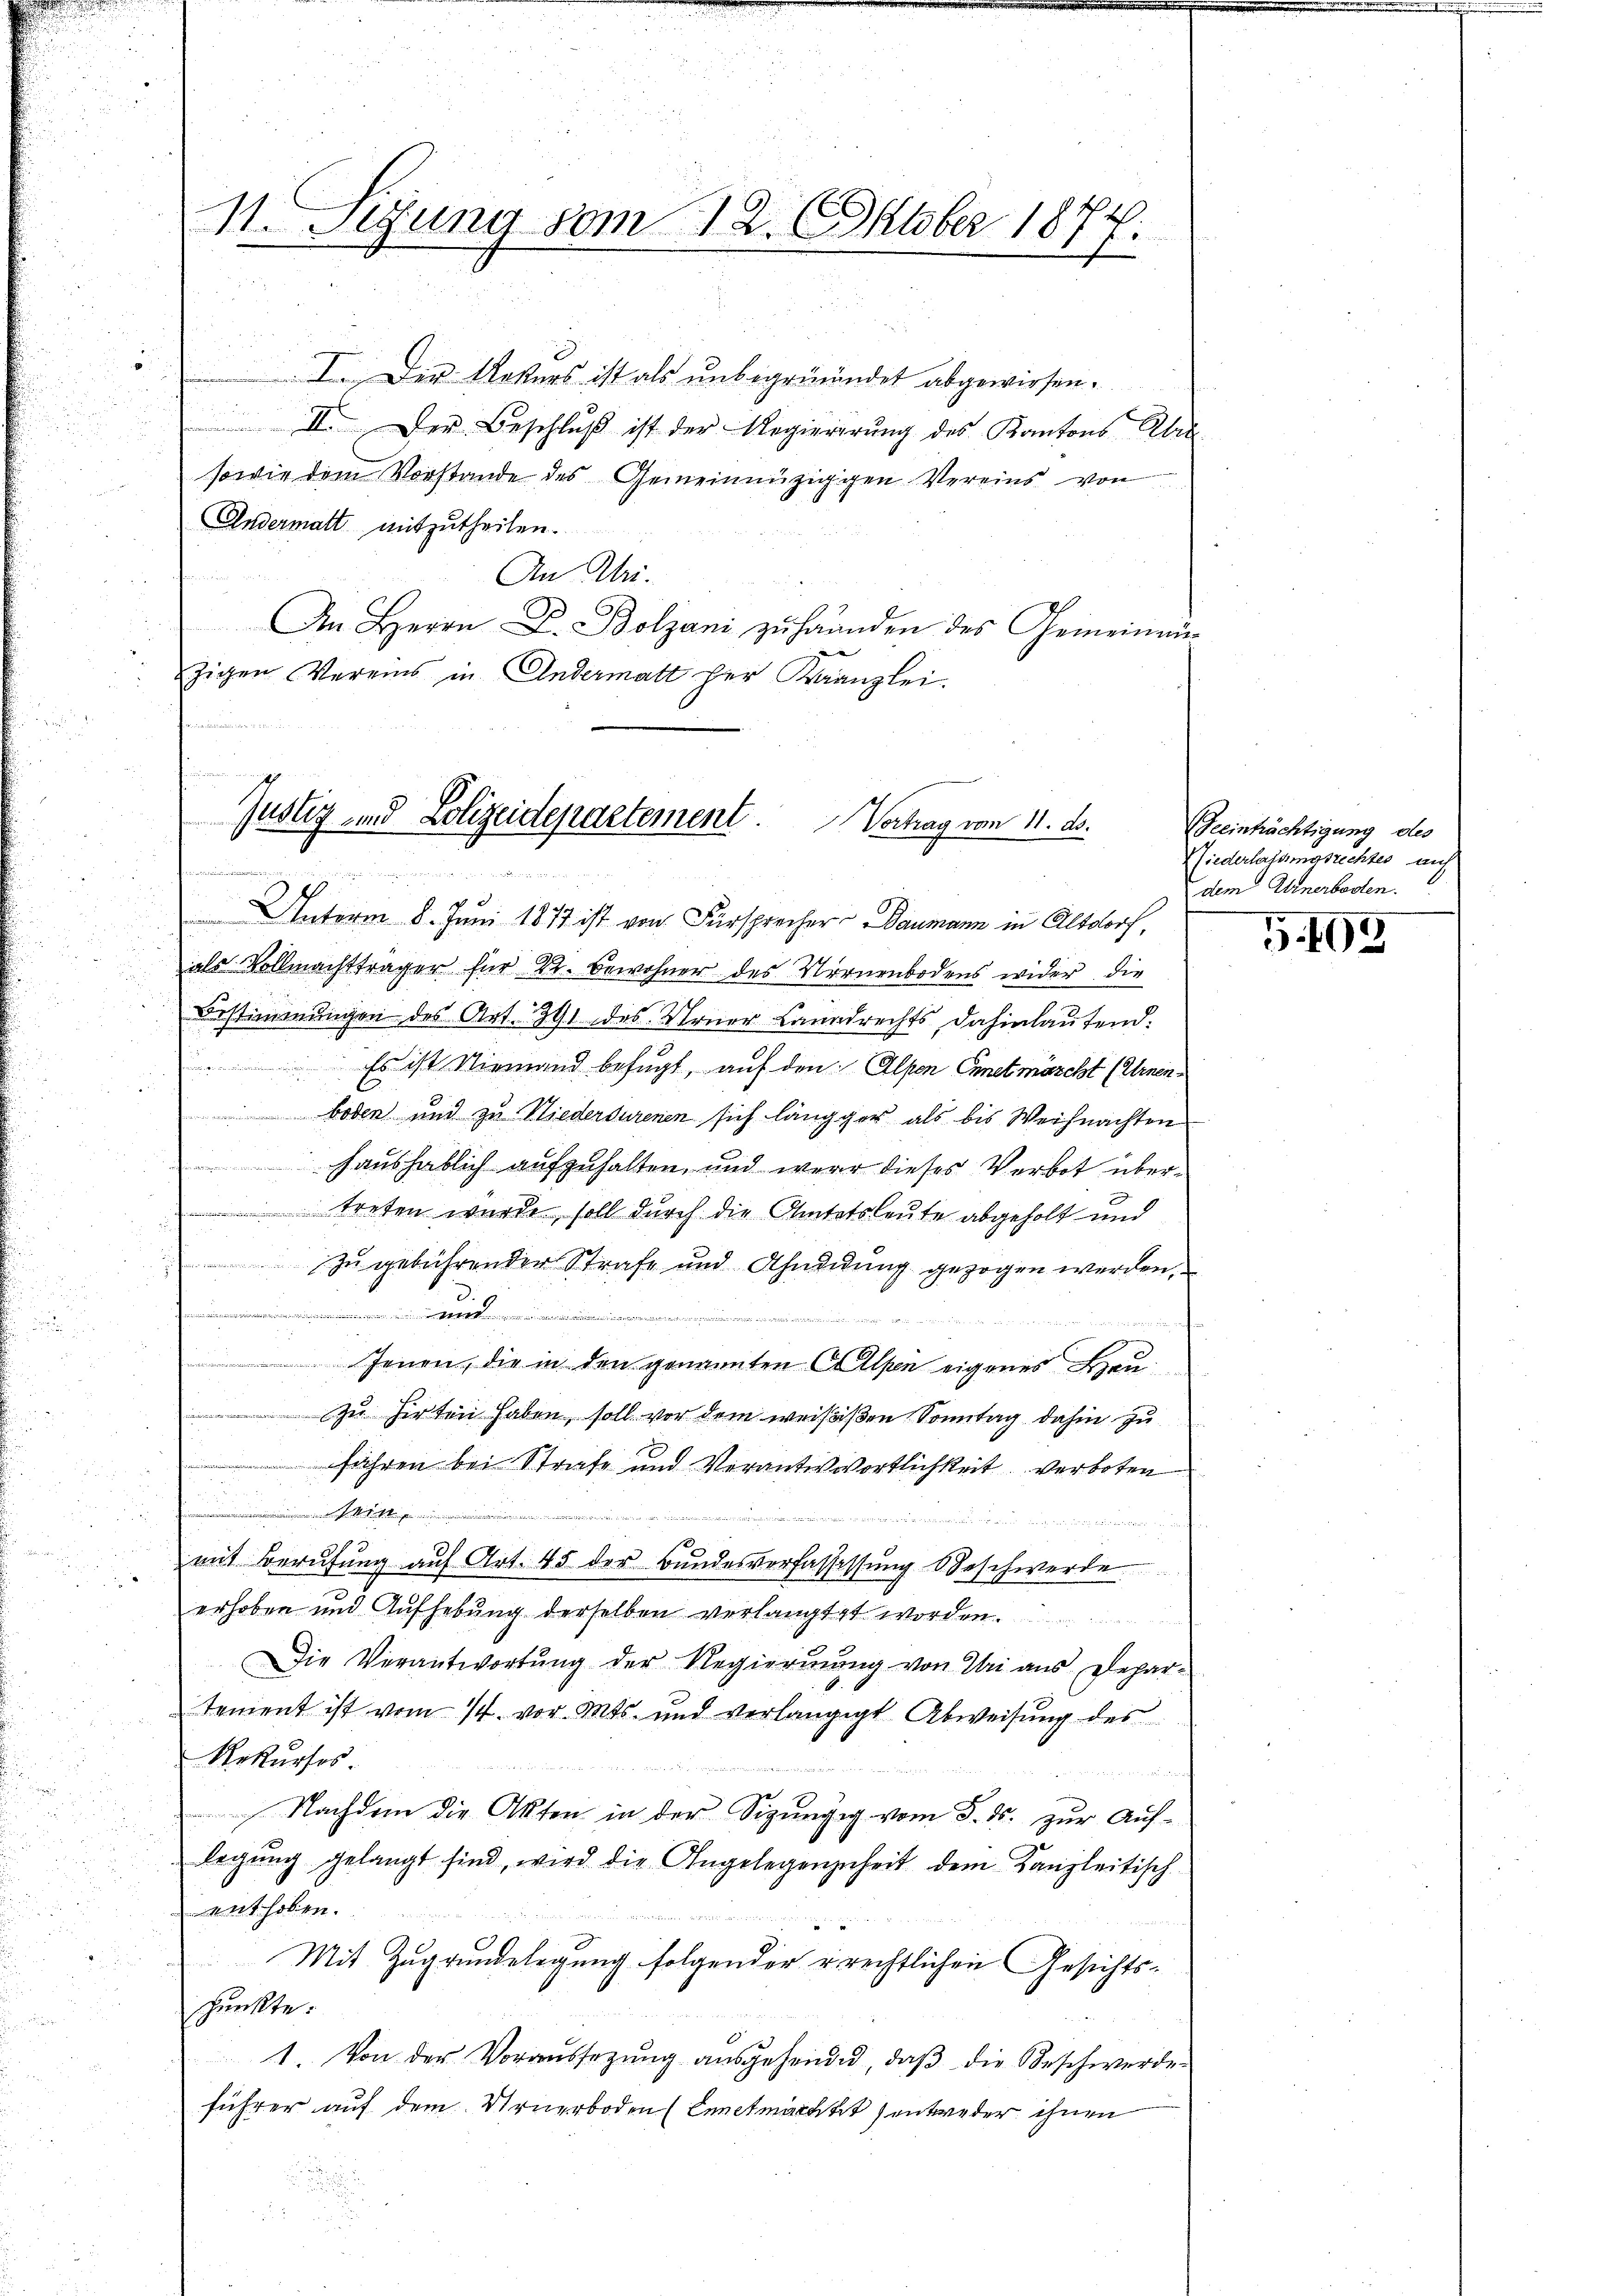
d

11. Sizung vom 12. Oktober 1874.

I. Der Rekurs ist als ŭnbegründet abgewiesen.
 II. Der Beschlŭβ ist der Regiererŭng des Kantons Alar
sowie dem Vorstande des Gemeinnüziggen Vereins von
Andermatt mitzutheilen.
An Uri.
An Herrn D. Bolzani zu handen des Gemeinanzigen Vereins in Andermatt her Kaanzlei.

Justiz- und Polizeidepartement. Vortrag vom 11. ds.
a

s
 Unterm 8. Juni 1877 ist von Fürsprecher Baumann in Altdorf,
als Vollmachtträger für 22. Bewohner des Vornenbodens wider die
Bestimmungen des Art. 391 des Urner-Canadrechts dahinlaufend.
 Es ist Niemand befugt, auf den Alpen Ennetmöscht (Urnen¬
 boden und zu Niederdurenen sich längger als bis Weihnachten

haushäblich aufzuhalten, und were dieses Verbot über¬
 treten wurde, soll durch die Anitatsleute abgeholt und
zu gebührender Strafe und Schuldung gezogen werden,
t
.
Jenen, die in den genannten Alpen eigenes Hauzu Hirten haben, soll vor dem weissen Sonntag dahin zu
führen bei Strafe und Verantwortlichkeit verboten

mit Berufung auf Art. 45 der Bundesverfassessung beschwerde
erhoben und Aufhebung derselben verlangtet worden.
Die Verantwortŭng der Regierŭng von Uri aus Depar-
tement ist vom 14. vor. Mts. und verlängigt Abweisung des
Rekurses
e
 Nachdem die Akten in der Sipungig vom 8. ds. zur Auflegŭng gelangt sind, wird die Angelegenzuheit dem Kanzleitisch
enthoben.
Mit Zugrundelegung folgender u. rechtlichen Gesichtsschenkte:
1. Von der Voraussetzŭng ausgehende, daβ die Beschwerde
führer auf dem Urnerboden (Ennetmarkeit entweder ihnen

Beeinträchtigung des
Wiederlassungsrechtes auf
dem Anerbosten.

G. 409